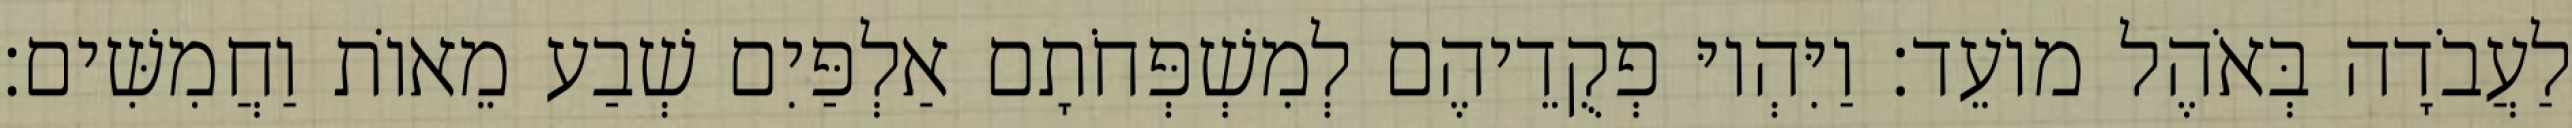
לַעֲבֹדָה בְּאֹהֶל מוֹעֵד׃ וַיִּהְיוּ פְקֻדֵיהֶם לְמִשְׁפְּחֹתָם אַלְפַּיִם שְׁבַע מֵאוֹת וַחֲמִשִּׁים׃